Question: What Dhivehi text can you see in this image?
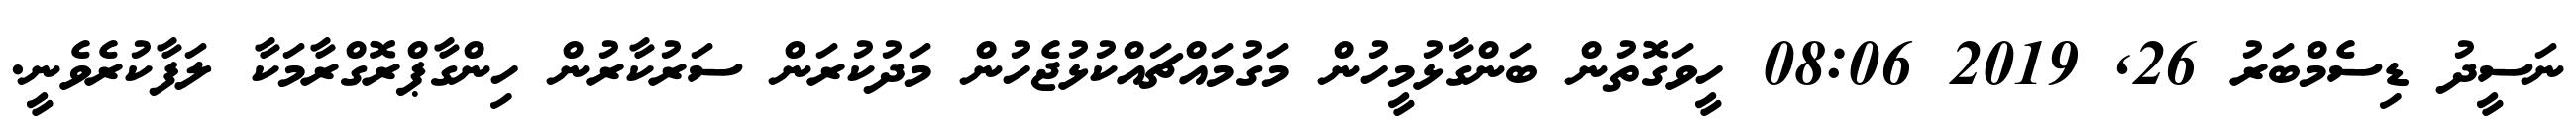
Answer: ނަސީދު ޑިސެމްބަރު 26, 2019 08:06 ހީވަގޮތުން ބަންގާޅުމީހުން މަގުމައްޗައްކުޅުޖެހުން މަދުކުރަން ސަރުކާރުން ހިންގާޕްރޮގްރާމަކާ ލަފާކުރެވެނީ.